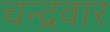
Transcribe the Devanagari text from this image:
चन्द्रवार